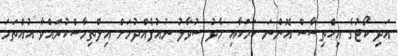
އަދި ކޯޓުގެ އިހްތިސާސް އޮންނަ ކަމަކާއި މެދު ސުވާލު ނުއުފެއްދުމަށް އިލްތިމާސްކުރައްވާ އުއްތަމަ